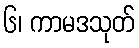
၆၊ ကာမဒသုတ်